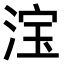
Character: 𣷂